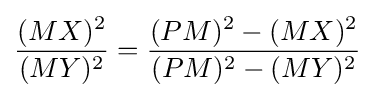
{(MX)^{2} \over (MY)^{2}}={(PM)^{2}-(MX)^{2} \over (PM)^{2}-(MY)^{2}}